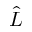
\hat { L }